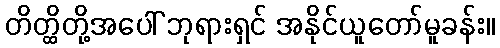
တိတ္ထိတို့အပေါ် ဘုရားရှင် အနိုင်ယူတော်မူခန်း။